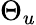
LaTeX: \Theta_{u}